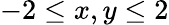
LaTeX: -2\leq x,y\leq 2